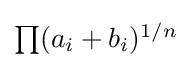
{\textstyle \prod (a_{i}+b_{i})^{1/n}}